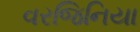
વરજિનિયા